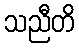
သညီတိ